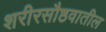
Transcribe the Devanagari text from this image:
शरीरसौष्ठवातील